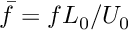
\bar { f } = f L _ { 0 } / U _ { 0 }